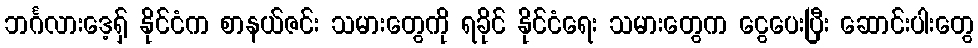
ဘင်္ဂလားဒေ့ရှ် နိုင်ငံက စာနယ်ဇင်း သမားတွေကို ရခိုင် နိုင်ငံရေး သမားတွေက ငွေပေးပြီး ဆောင်းပါးတွေ